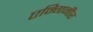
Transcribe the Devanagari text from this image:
एन्गिनीर